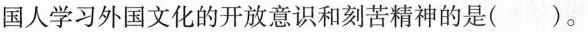
国人学习外国文化的开放意识和刻苦精神的是( )。